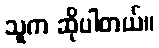
သူက ဆိုပါတယ်။